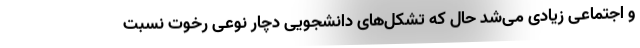
و اجتماعی زیادی می‌شد حال که تشکل‌های دانشجویی دچار نوعی رخوت نسبت